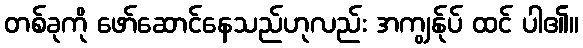
တစ်ခုကို ဖော်ဆောင်နေသည်ဟုလည်း အကျွန်ုပ် ထင် ပါ၏။